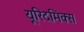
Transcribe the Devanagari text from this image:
यूरिदमिक्स